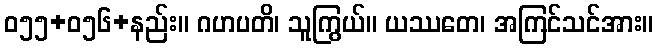
ဝ၅၅+၀၅၆+နည်း။ ဂဟပတိ၊ သူကြွယ်။ ယဿတေ၊ အကြင်သင်အား။